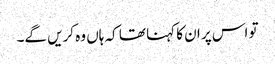
تو اس پر ان کا کہنا تھا کہ ہاں وہ کریں گے۔